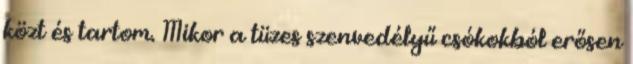
közt és tartom. Mikor a tüzes szenvedélyű csókokból erősen